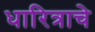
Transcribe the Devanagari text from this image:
धारित्राचे